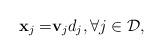
LaTeX: \begin{align*}{\bf x}_{j}=&{\bf v}_{j} d_{j},\forall j\in\mathcal{D},\end{align*}